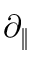
\partial _ { \| }